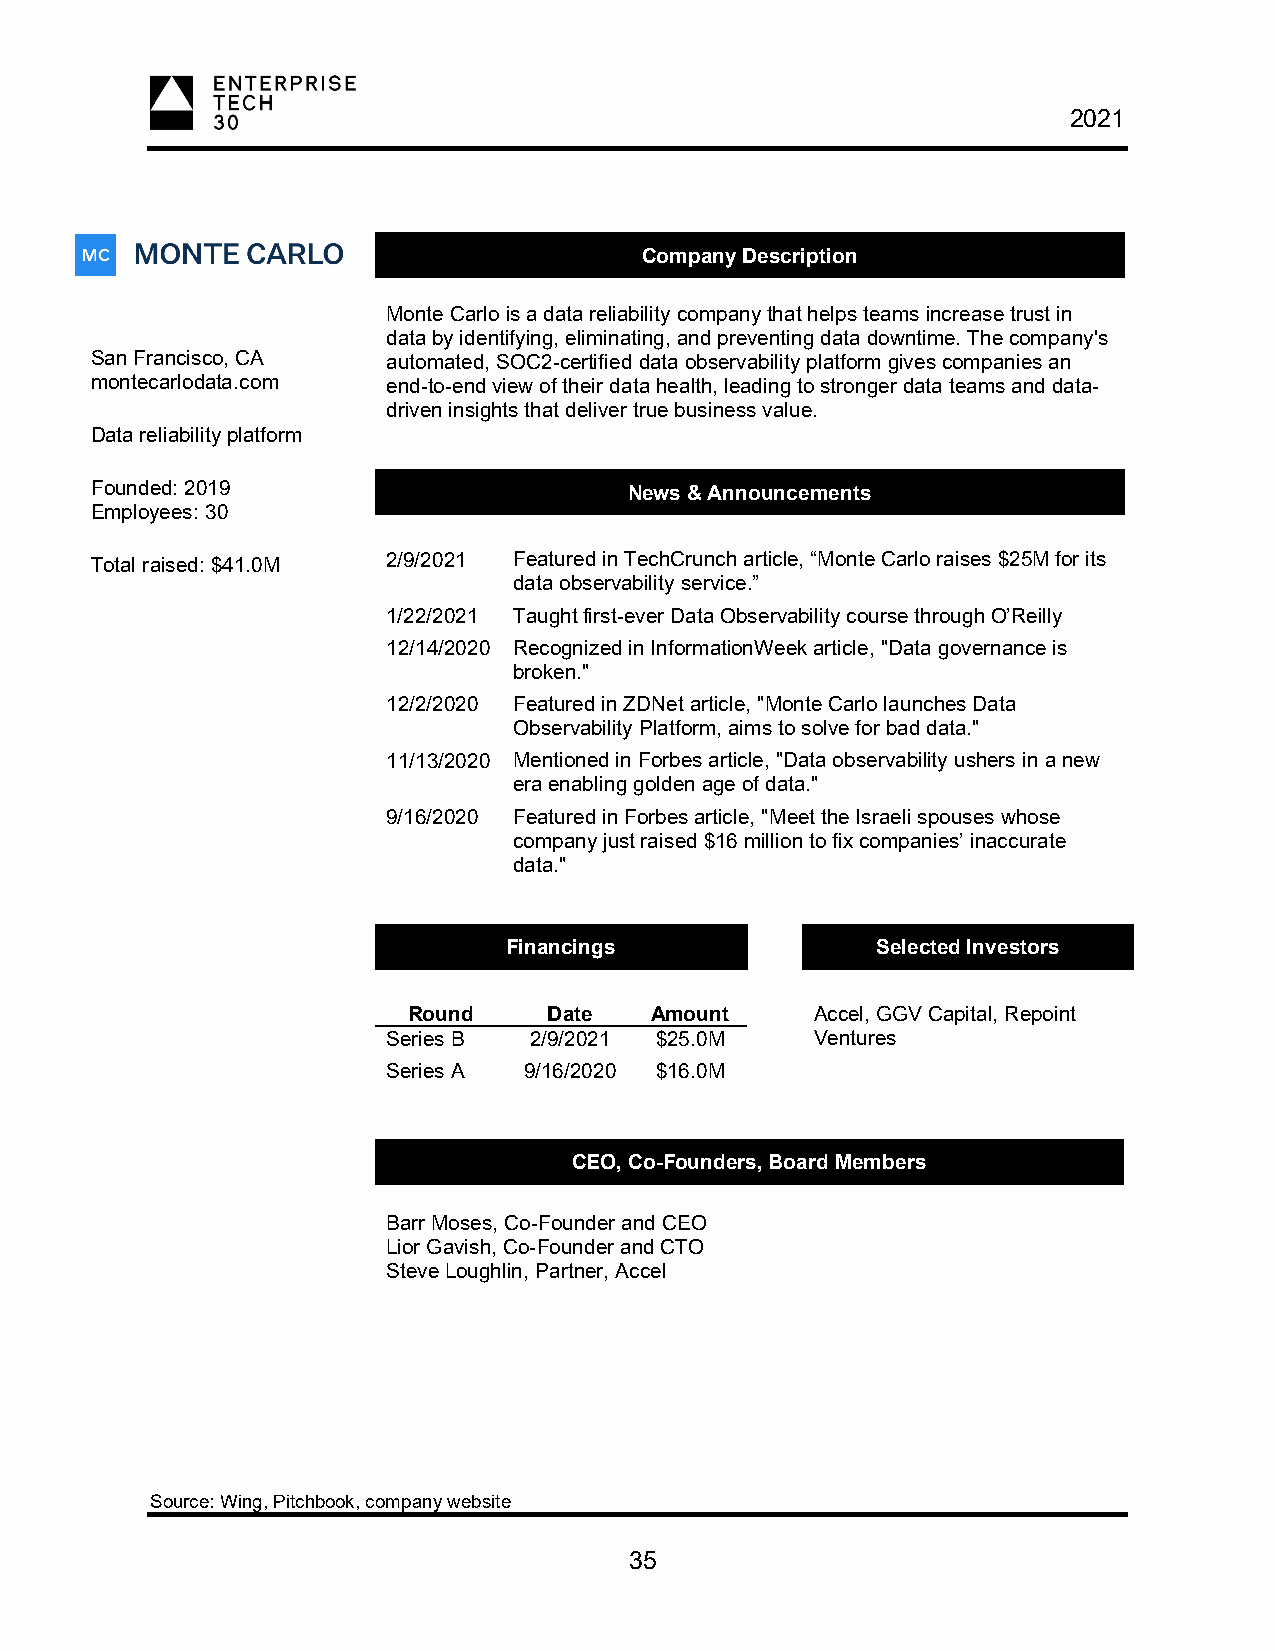
2021
 Company Description
 Monte Carlo is a data reliability company that helps teams increase trust in
 data by identifying, eliminating, and preventing data downtime. The company's
 San Francisco, CA   automated, SOC2-certified data observability platform gives companies an
 montecarlodata.com  end-to-end view of their data health, leading to stronger data teams and data-
 driven insights that deliver true business value.
 Data reliability platform
 Founded: 2019                       News & Announcements
 Employees: 30
 Total raised: $41.0M 2/9/2021 Featured in TechCrunch article, “Monte Carlo raises $25M for its
 data observability service.”
 1/22/2021 Taught first-ever Data Observability course through O’Reilly
 12/14/2020 Recognized in InformationWeek article, "Data governance is
 broken."
 12/2/2020 Featured in ZDNet article, "Monte Carlo launches Data
 Observability Platform, aims to solve for bad data."
 11/13/2020 Mentioned in Forbes article, "Data observability ushers in a new
 era enabling golden age of data."
 9/16/2020 Featured in Forbes article, "Meet the Israeli spouses whose
 company just raised $16 million to fix companies’ inaccurate
 data."
 Financings              Selected Investors
 Round    Date   Amount     Accel, GGV Capital, Repoint
 Series B 2/9/2021 $25.0M    Ventures
 Series A 9/16/2020 $16.0M
 CEO, Co-Founders, Board Members
 Barr Moses, Co-Founder and CEO
 Lior Gavish, Co-Founder and CTO
 Steve Loughlin, Partner, Accel
 Source: Wing, Pitchbook, company website
 35